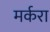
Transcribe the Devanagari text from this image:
मर्करा